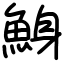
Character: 鯓